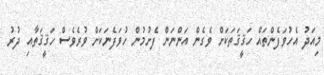
މިއަދު އެހުވަފެންތައް ހަޤީޤަތަކަށް ވެގެން އަންނަން ފެށުމުން ހުވަފެނަކަށް ވުރެވެސް ހަޤީޤަތާއި ދުރު